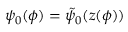
\psi _ { 0 } ( \phi ) = \tilde { \psi } _ { 0 } ( z ( \phi ) )